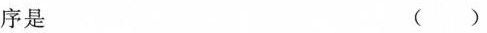
序是 ()